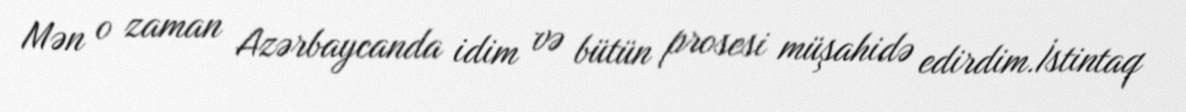
Mən o zaman Azərbaycanda idim və bütün prosesi müşahidə edirdim.İstintaq